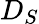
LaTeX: D_{S}